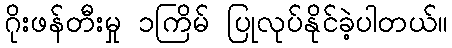
ဂိုးဖန်တီးမှု ၁ကြိမ် ပြုလုပ်နိုင်ခဲ့ပါတယ်။